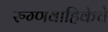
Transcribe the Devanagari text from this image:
रुग्णवाहिकेचे